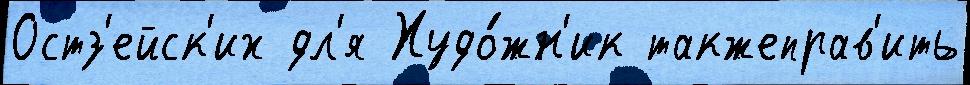
Остз'ейск'их дл'я Худо́жн'ик такжеправ'ить